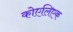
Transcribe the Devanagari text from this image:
कोएलिएक